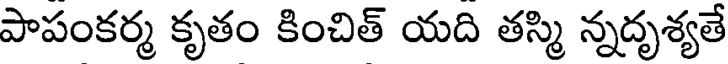
పాపంకర్మ కృతం కించిత్ యది తస్మి న్నదృశ్యతే